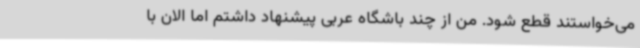
می‌خواستند قطع شود. من از چند باشگاه عربی پیشنهاد داشتم اما الان با